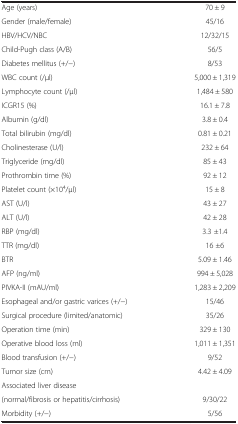
|  |  |
 | --- | --- |
 | Age (years) | 70 ± 9 |
 | Gender (male/female) | 45/16 |
 | HBV/HCV/NBC | 12/32/15 |
 | Child-Pugh class (A/B) | 56/5 |
 | Diabetes mellitus (+/−) | 8/53 |
 | WBC count (/μl) | 5,000 ± 1,319 |
 | Lymphocyte count (/μl) | 1,484 ± 580 |
 | ICGR15 (%) | 16.1 ± 7.8 |
 | Albumin (g/dl) | 3.8 ± 0.4 |
 | Total bilirubin (mg/dl) | 0.81 ± 0.21 |
 | Cholinesterase (U/l) | 232 ± 64 |
 | Triglyceride (mg/dl) | 85 ± 43 |
 | Prothrombin time (%) | 92 ± 12 |
 | Platelet count (×104/μl) | 15 ± 8 |
 | AST (U/l) | 43 ± 27 |
 | ALT (U/l) | 42 ± 28 |
 | RBP (mg/dl) | 3.3 ±1.4 |
 | TTR (mg/dl) | 16 ±6 |
 | BTR | 5.09 ± 1.46 |
 | AFP (ng/ml) | 994 ± 5,028 |
 | PIVKA-II (mAU/ml) | 1,283 ± 2,209 |
 | Esophageal and/or gastric varices (+/−) | 15/46 |
 | Surgical procedure (limited/anatomic) | 35/26 |
 | Operation time (min) | 329 ± 130 |
 | Operative blood loss (ml) | 1,011 ± 1,351 |
 | Blood transfusion (+/−) | 9/52 |
 | Tumor size (cm) | 4.42 ± 4.09 |
 | Associated liver disease |  |
 | (normal/fibrosis or hepatitis/cirrhosis) | 9/30/22 |
 | Morbidity (+/−) | 5/56 |